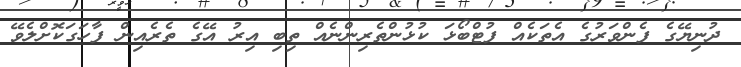
ދުނިޔޭގެ ފެންވަރުގެ އެތަކެއް ފުޓްބޯޅަ ކުޅުންތެރިންނެއް ތިބި އިރު އޭގެ ތެރެއިން ފާހަގަކޮށްލެވޭ